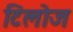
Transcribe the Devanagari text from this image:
टिलोज